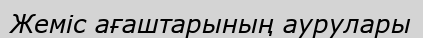
Жеміс ағаштарының аурулары